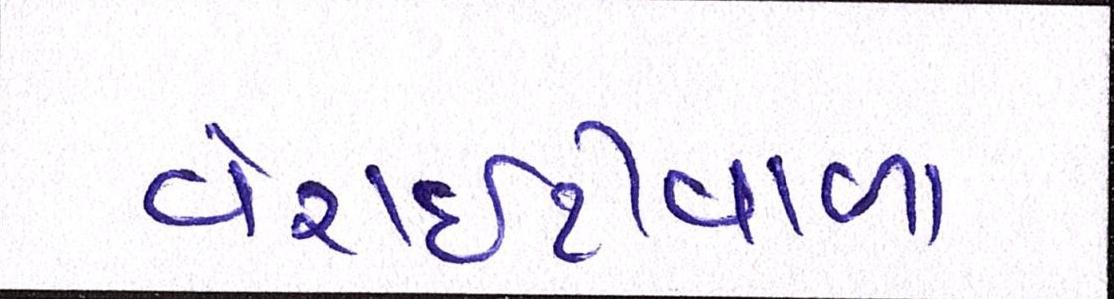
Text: વેરાઇટીવાળા